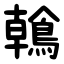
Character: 鶾